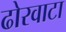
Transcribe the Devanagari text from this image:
ढोरवाटा